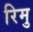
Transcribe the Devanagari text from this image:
रिमु